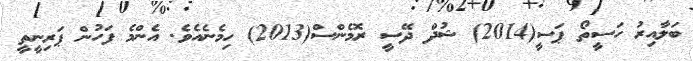
ބަލާއިރު ހަސީތޯ ޕަސީ(2014) ޝުދް ދޭސީ ރޮމެންސް(2013) ހިމެނެއެވެ. އެންމެ ފަހުން ޕަރިނީތީ